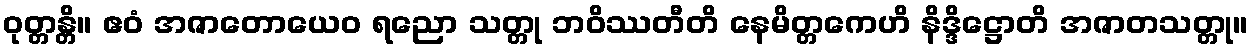
ဝုတ္တန္တိ။ ဧဝံ အဇာတောယေဝ ရညော သတ္တု ဘဝိဿတီတိ နေမိတ္တကေဟိ နိဒ္ဒိဋ္ဌောတိ အဇာတသတ္တု။